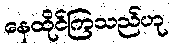
နေထိုင်ကြသည်ဟု